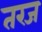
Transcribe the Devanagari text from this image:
तरज